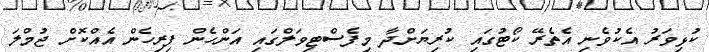
ކުޅިވަރު އެކުވެނި އެތެރޭ ކޯޓުގައި ކުރިޔަށްދާ މިފެސްޓިވަލްގައި އަންހެން ފިރިހެން އެއްކޮށް ޖުމްލަ